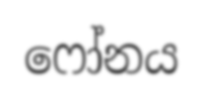
ෆෝනය